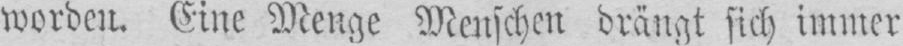
worden. Eine Menge Menschen drängt sich immer